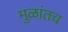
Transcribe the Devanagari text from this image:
मुळांतच